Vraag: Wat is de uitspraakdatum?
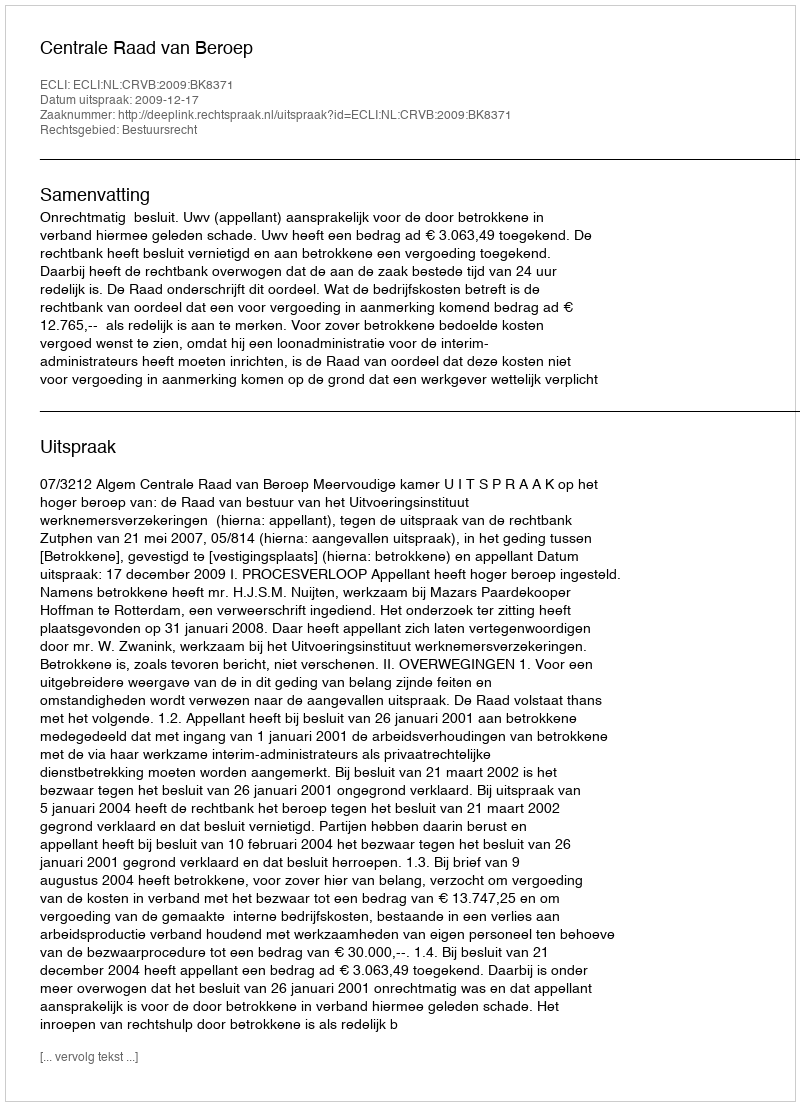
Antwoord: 2009-12-17